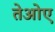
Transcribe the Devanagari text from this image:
तेओए